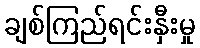
ချစ်ကြည်ရင်းနှီးမှု